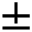
\pm